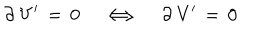
LaTeX: \partial \, { \bf V } ^ { \prime } \, = \, 0 \quad \Longleftrightarrow \quad \partial \, { \bf V } ^ { \prime } \, = \, 0